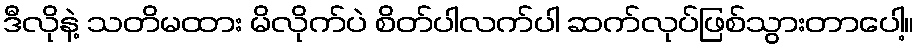
ဒီလိုနဲ့ သတိမထား မိလိုက်ပဲ စိတ်ပါလက်ပါ ဆက်လုပ်ဖြစ်သွားတာပေါ့။